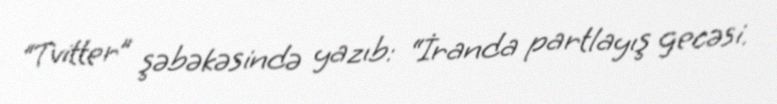
“Tvitter” şəbəkəsində yazıb: “İranda partlayış gecəsi.